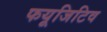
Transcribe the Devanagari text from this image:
फयूजिटिव